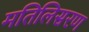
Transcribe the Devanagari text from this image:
मतिलिसरण